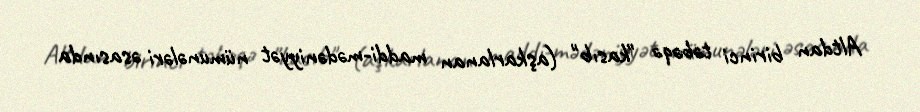
Altdan birinci təbəqə "kasıb" (aşkarlanan maddi-mədəniyyət nümunələri əsasında